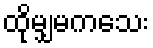
ထိုမျှမကသေး